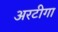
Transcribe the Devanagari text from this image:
अरटीगा